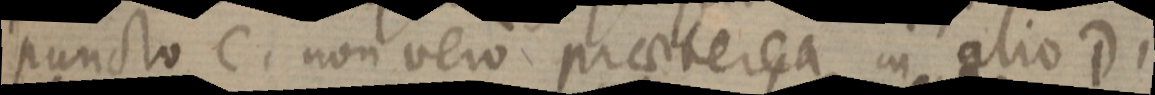
puncto C. non vero praeterea in alio D.